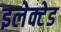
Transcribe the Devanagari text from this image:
इलेक्टेड